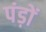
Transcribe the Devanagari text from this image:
पंड़ों